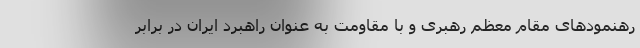
رهنمودهای مقام معظم رهبری و با مقاومت به عنوان راهبرد ایران در برابر